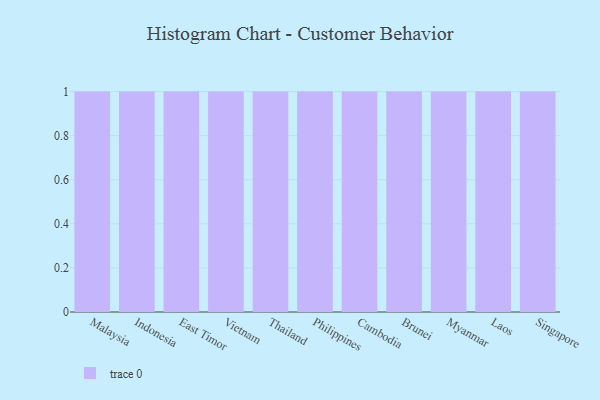
{"axis": {"x": "Country", "y": "Website Visitors"}, "legend": [""], "data": [{"x": "Malaysia", "y": 50, "type": ""}, {"x": "Indonesia", "y": 56, "type": ""}, {"x": "East Timor", "y": 7, "type": ""}, {"x": "Vietnam", "y": 23, "type": ""}, {"x": "Thailand", "y": 57, "type": ""}, {"x": "Philippines", "y": 14, "type": ""}, {"x": "Cambodia", "y": 42, "type": ""}, {"x": "Brunei", "y": 25, "type": ""}, {"x": "Myanmar", "y": 15, "type": ""}, {"x": "Laos", "y": 87, "type": ""}, {"x": "Singapore", "y": 4, "type": ""}]}